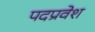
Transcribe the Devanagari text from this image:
पदप्रवेश